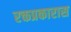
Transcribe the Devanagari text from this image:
रक्तप्रकारास